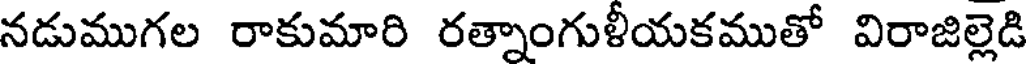
నడుముగల రాకుమారి రత్నాంగుళీయకముతో విరాజిల్లెడి